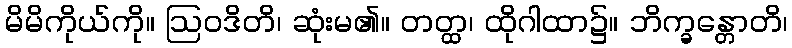
မိမိကိုယ်ကို။ ဩဝဒိတိ၊ ဆုံးမ၏။ တတ္ထ၊ ထိုဂါထာ၌။ ဘိက္ခန္တောတိ၊